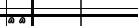
٢٣